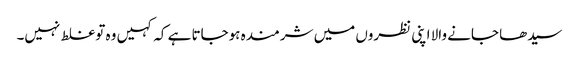
سیدھا جانے والا اپنی نظروں میں شرمندہ ہوجاتا ہے کہ کہیں وہ توغلط نہیں۔